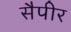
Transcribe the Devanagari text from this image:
सैपीर